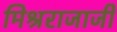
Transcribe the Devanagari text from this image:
मिश्रराजाजी